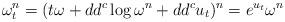
LaTeX: \begin{align*} \omega_t^n = (t \omega + dd^c \log \omega^n + dd^c u_t)^n = e^{u_t} \omega^n\end{align*}